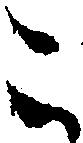
こ